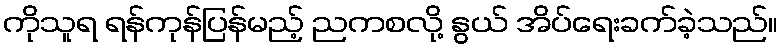
ကိုသူရ ရန်ကုန်ပြန်မည့် ညကစလို့ နွယ် အိပ်ရေးခက်ခဲ့သည်။